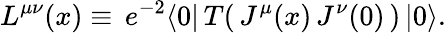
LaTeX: L^{\mu\nu}(x)\equiv\, e^{-2}\langle 0|\, T(\, J^{\mu}(x)\, J^{\nu}(0)\, )\, |0\rangle.